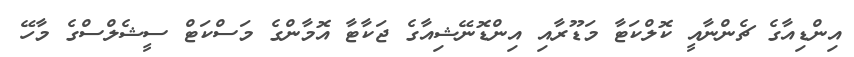
އިންޑިއާގެ ޗެންނާއީ ކޮލްކަޓާ މަޑޫރާއި އިންޑޮނޭޝިއާގެ ޖަކާޓާ އޮމާންގެ މަސްކަޓް ސީޝެލްސްގެ މާހޭ